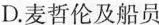
D.麦哲伦及船员